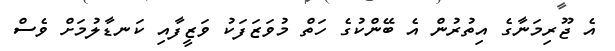
އެ ޖޫރިމަނާގެ އިތުރުން އެ ބޭންކުގެ ހަތް މުވަޒަފަކު ވަޒީފާއި ކަނޑާލުމަށް ވެސް